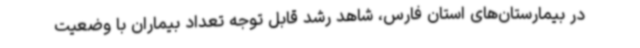
در بیمارستان‌های استان فارس، شاهد رشد قابل توجه تعداد بیماران با وضعیت